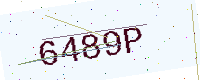
Text: 6489P